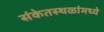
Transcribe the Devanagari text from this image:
संकेतस्थळांमध्ये